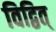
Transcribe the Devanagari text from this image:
विद्वित्